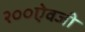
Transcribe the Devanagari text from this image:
२००ऐवजी